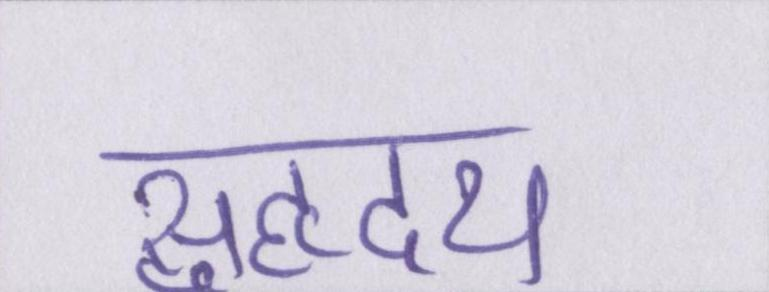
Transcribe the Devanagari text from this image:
सुहृदय